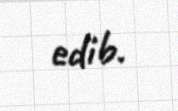
edib.